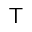
\intercal